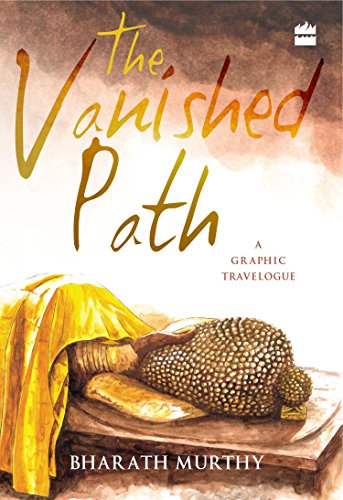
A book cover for The Vanished Path: A Graphic Travelogue; Bharath Murthy; Travel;